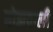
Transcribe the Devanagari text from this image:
बोझवाली